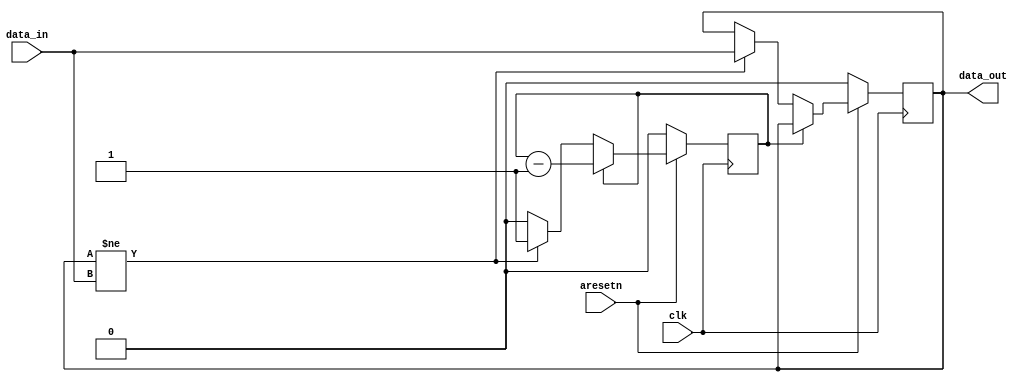
//////////////////////////////////////////////////////////////////////////////////
// Company: MiXIL
//
// Design Name:
// Module Name: signal_hold
// Project Name:
// Target Devices:
// Tool Versions:
// Description:
//
// Dependencies:
//
// Revision:
// Revision 0.01 - File Created
// Additional Comments:
//
//////////////////////////////////////////////////////////////////////////////////
`timescale 1ps / 1ps

module signal_hold #
(
   parameter HOLD_CLOCKS = 2,
   parameter DATA_WIDTH = 1
)
(
   input                        clk,
   input                        aresetn,
   input       [DATA_WIDTH-1:0] data_in,
   output wire [DATA_WIDTH-1:0] data_out
);
localparam HOLD_COUNT = (HOLD_CLOCKS > 1) ? (HOLD_CLOCKS-1): 0;

localparam CTR_WIDTH = (HOLD_COUNT < 2)? 1:
                       ((HOLD_COUNT < 4)? 2:
                       ((HOLD_COUNT < 256)? 8:
                       32));

reg [DATA_WIDTH-1:0] data_r, data_rr;
reg [CTR_WIDTH-1:0] counter = 0;

// Register twice for metastability
//always @(posedge clk)
//begin
//  data_r <= data_in;
//end

always @(posedge clk)
begin
  if (!aresetn) begin
    counter <= 0;
    data_r <= 0;
  end
  else if (|counter) begin
    counter <= counter -1;
  end  
  else if (data_r != data_in) begin
    data_r <= data_in;
    counter <= HOLD_COUNT;
  end
//  else
//    counter <= 0;
end

//always @(posedge clk)
//begin
// if (counter==HOLD_COUNT)
//    data_rr <= data_r;
// else if (|counter)
//    data_rr <= data_rr;
//end

//always @(posedge clk)
//begin
//  if (|counter)
//      data_rr <= data_rr;
//  else
//   data_rr <= data_in;
//end


assign data_out = data_r;

endmodule